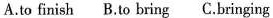
A.to finish B.to bring C.bringing